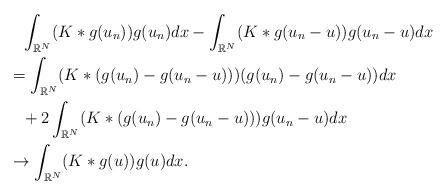
LaTeX: \begin{align*}&\phantom{=}\int_{\mathbb{R}^N} (K\ast g(u_n))g(u_n)dx-\int_{\mathbb{R}^N} (K\ast g(u_n-u))g(u_n-u)dx \\&= \int_{\mathbb{R}^N} (K\ast (g(u_n)-g(u_n-u)))(g(u_n)-g(u_n-u))dx \\&\phantom{=}+2 \int_{\mathbb{R}^N} (K\ast (g(u_n)-g(u_n-u))) g(u_n-u)dx \\&\to \int_{\mathbb{R}^N} (K\ast g(u))g(u)dx.\end{align*}